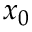
x _ { 0 }